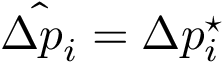
\hat { \Delta p _ { i } } = \Delta p _ { i } ^ { \star }